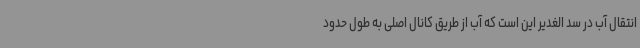
انتقال آب در سد الغدیر این است که آب از طریق کانال اصلی به طول حدود